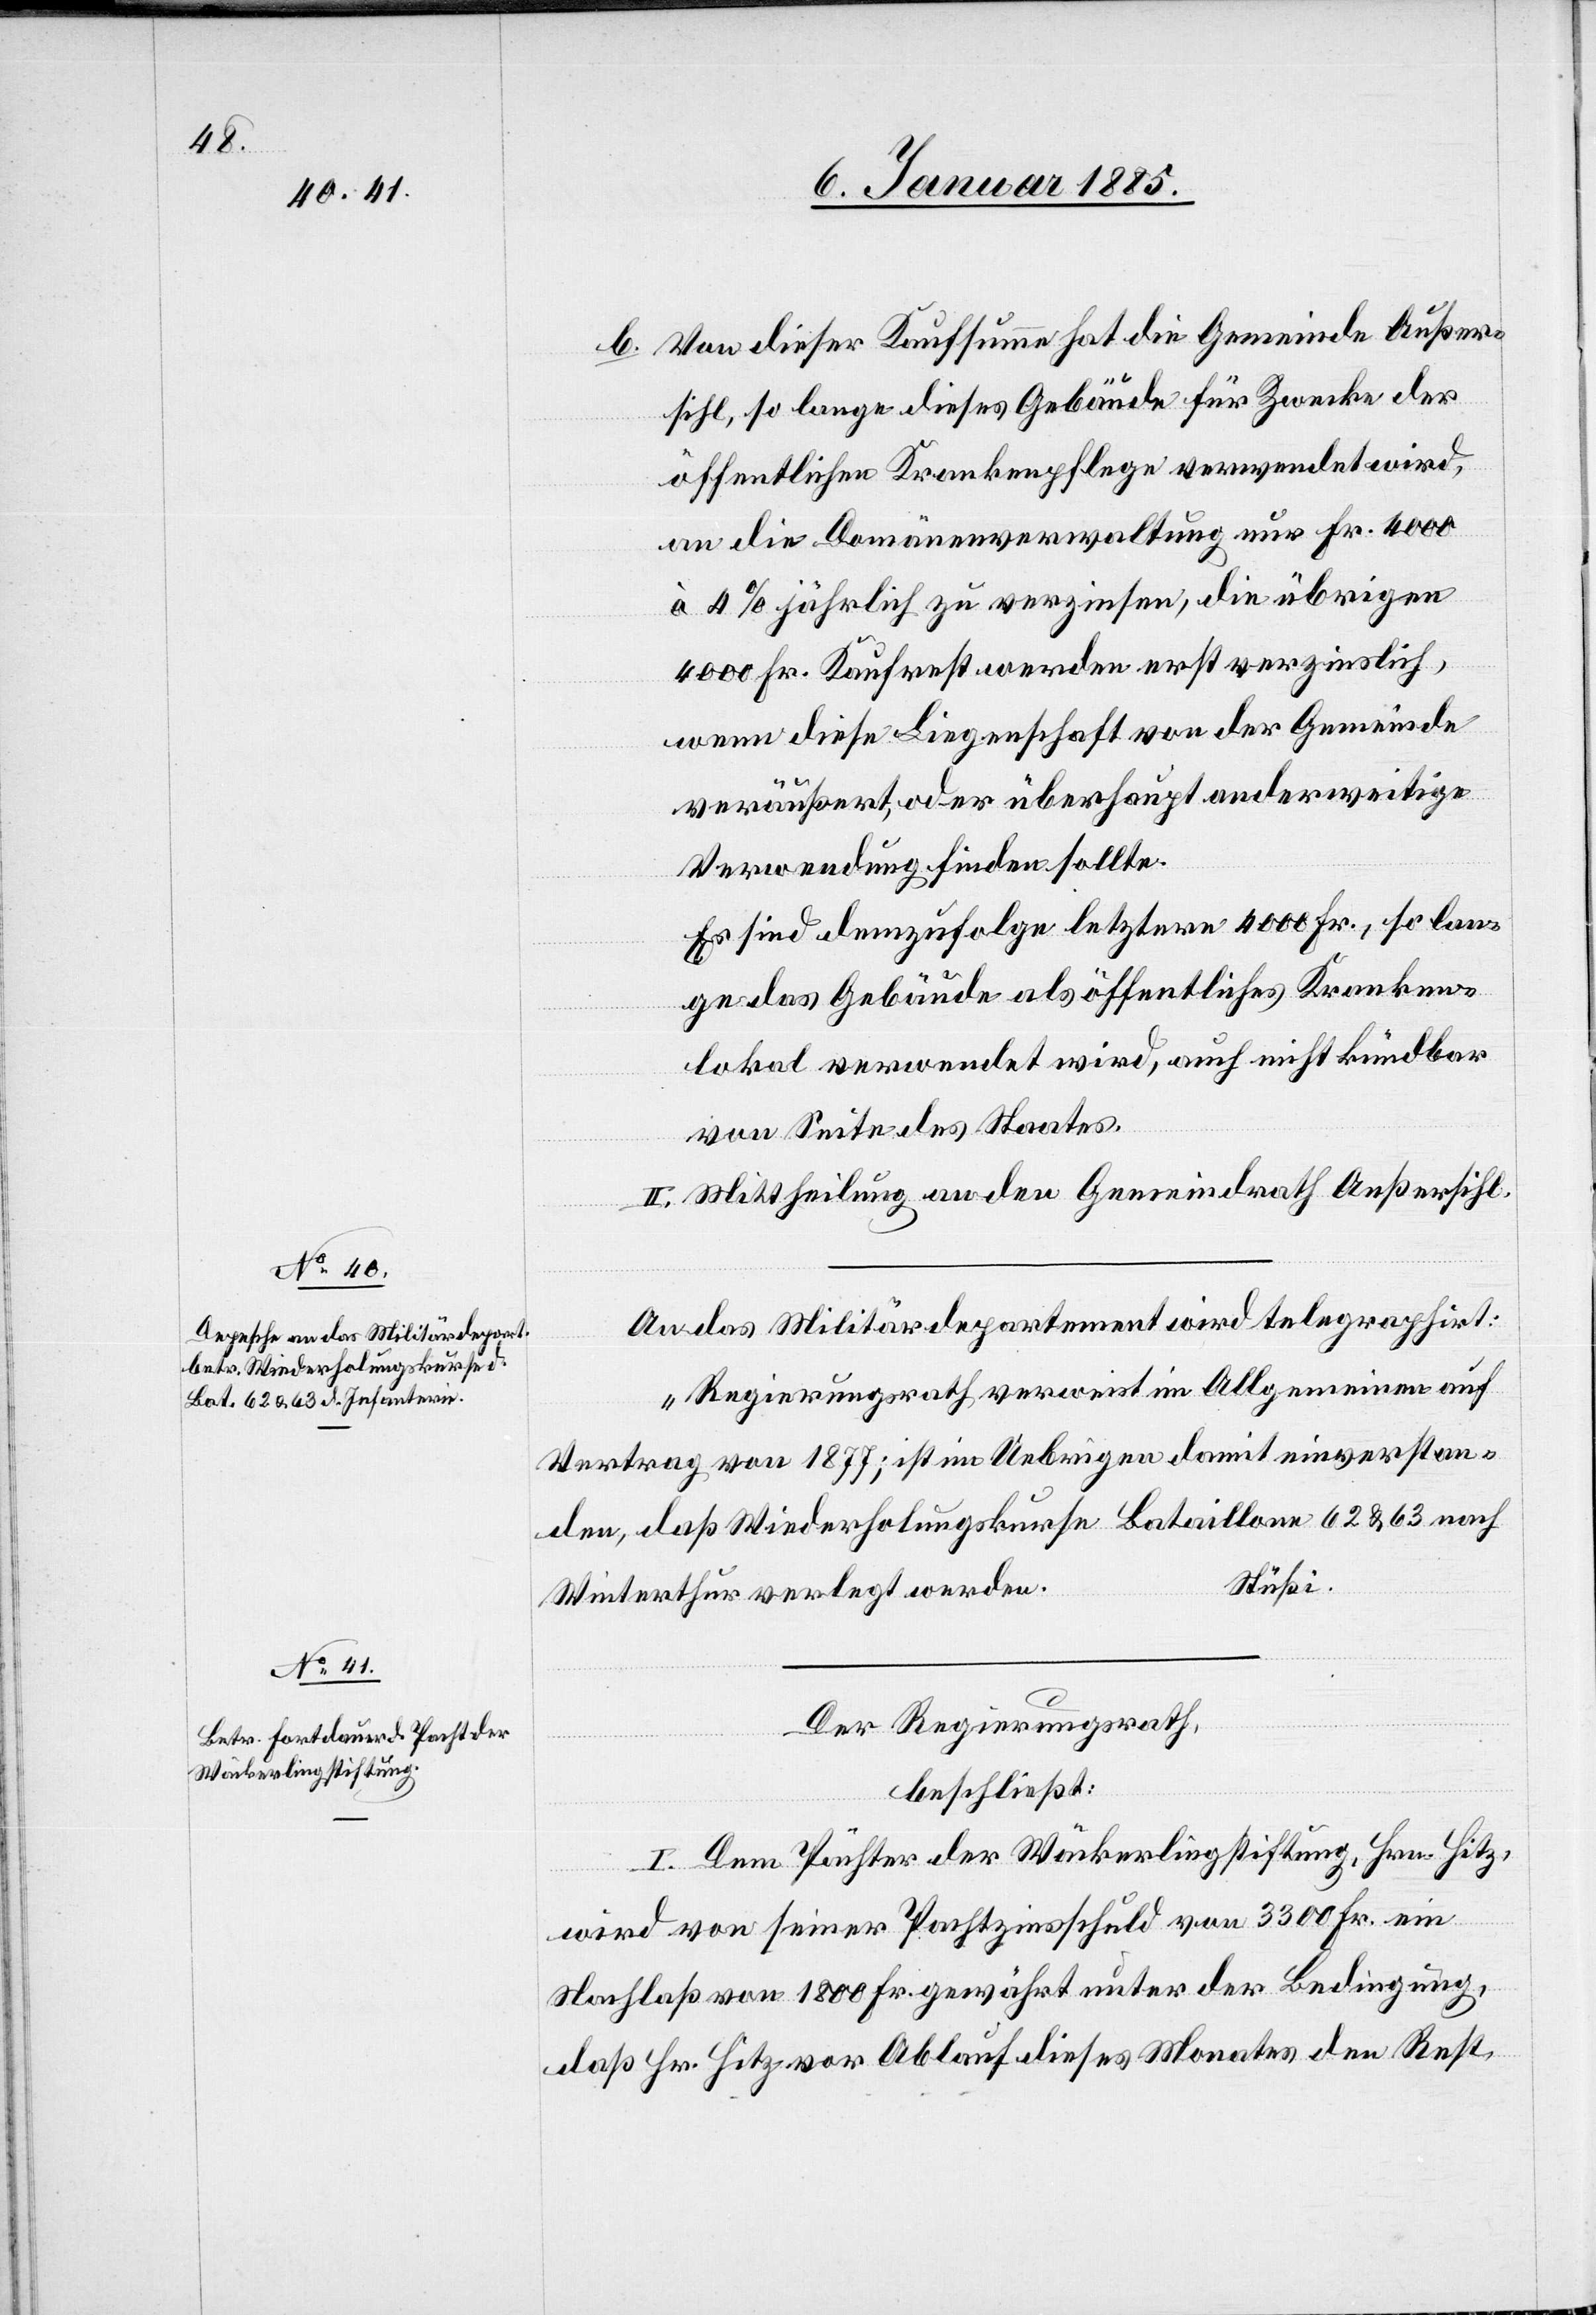
b. Von dieser Kaufsumme hat die Gemeinde Außer¬
sihl, so lange dieses Gebäude für Zwecke der
öffentlichen Krankenpflege verwendet wird,
an die Domänenverwaltung nur Fr. 4000
à 4% jährlich zu verzinsen, die übrigen
4000 Fr. Kaufrest werden erst verzinslich,
wenn diese Liegenschaft von der Gemeinde
veräußert, oder überhaupt anderweitige
Verwendung finden sollte.
Es sind demzufolge letztere 4000 Fr., so lan¬
ge das Gebäude als öffentliches Kranken¬
lokal verwendet wird, auch nicht kündbar
von Seite des Staates.
II. Mittheilung an den Gemeindrath Außersihl.
An das Militärdepartement wird telegraphirt:
„Regierungsrath verweist im Allgemeinen auf
Vertrag von 1877; ist im Uebrigen damit einverstan¬
den, daß Wiederholungskurse Bataillone 62 & 63 nach
Stüßi.
Winterthur verlegt werden.“
Der Regierungsrath,
beschließt:
I. Dem Pächter der Wäckerlingstiftung, Hrn. Hitz,
wird von seiner Pachtzinsschuld von 3300 Fr. ein
Nachlaß von 1800 Fr. gewährt unter der Bedingung,
daß Hr. Hitz vor Ablauf dieses Monats den Rest